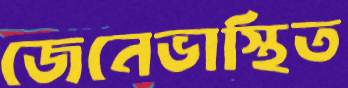
জেনেভাস্থিত